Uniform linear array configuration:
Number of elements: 32
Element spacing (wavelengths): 0.25
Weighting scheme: kaiser
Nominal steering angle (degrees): -15
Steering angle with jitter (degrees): -15.616
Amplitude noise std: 0.05
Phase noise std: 0.05

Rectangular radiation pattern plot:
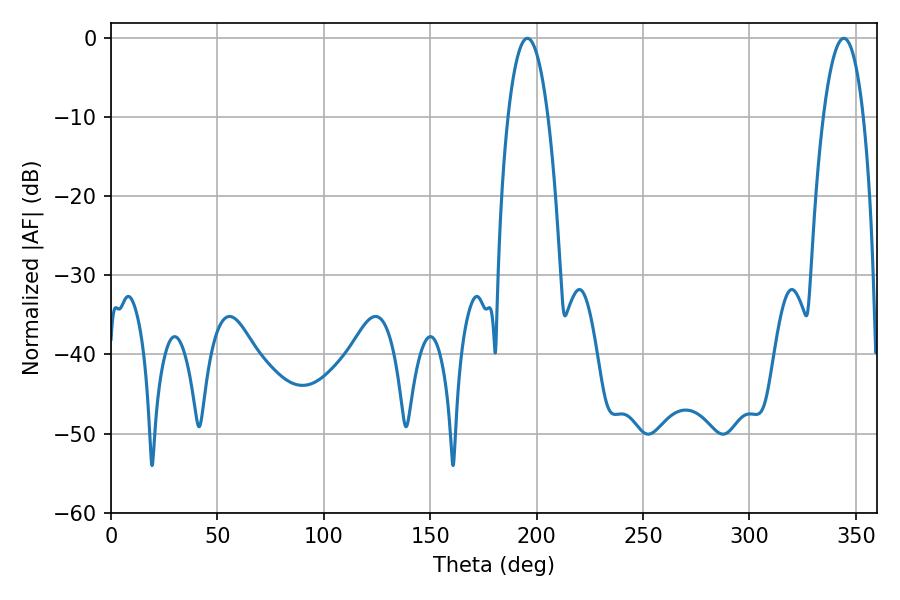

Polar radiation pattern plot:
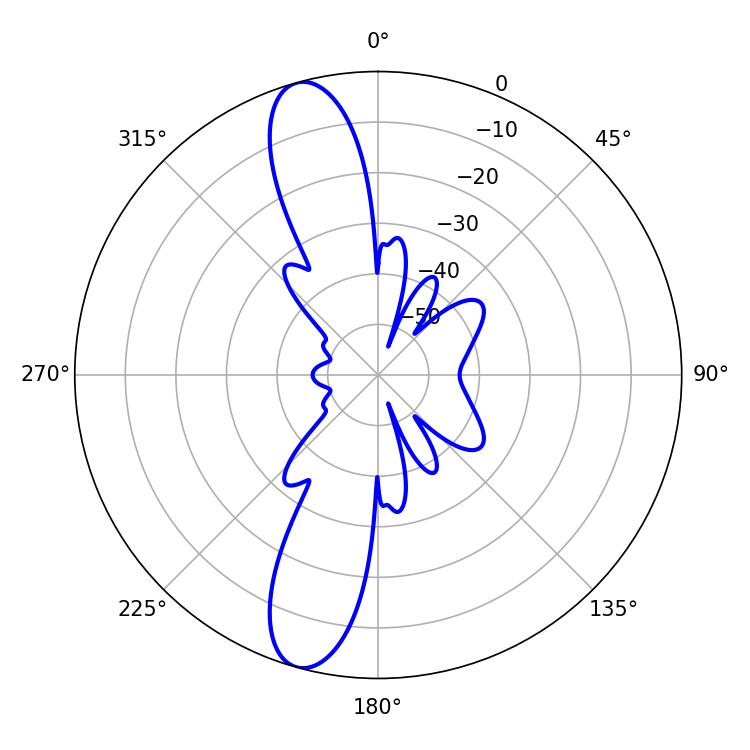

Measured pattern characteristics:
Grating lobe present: FALSE
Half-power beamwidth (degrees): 10.44
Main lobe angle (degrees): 195.66